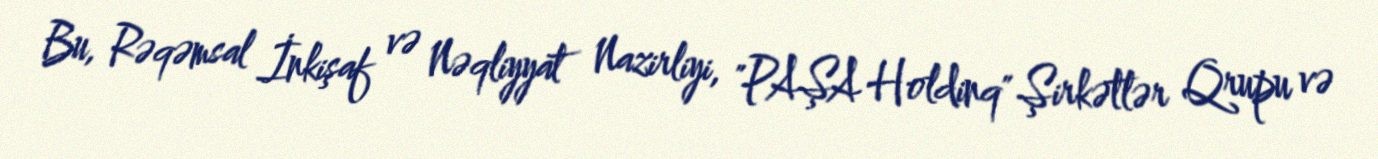
Bu, Rəqəmsal İnkişaf və Nəqliyyat Nazirliyi, "PAŞA Holdinq" Şirkətlər Qrupu və